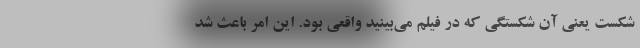
شکست یعنی آن شکستگی که در فیلم می‌بینید واقعی بود. این امر باعث شد